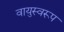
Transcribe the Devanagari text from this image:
वायुस्वरूप